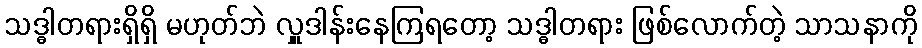
သဒ္ဓါတရားရှိရှိ မဟုတ်ဘဲ လှူဒါန်းနေကြရတော့ သဒ္ဓါတရား ဖြစ်လောက်တဲ့ သာသနာကို